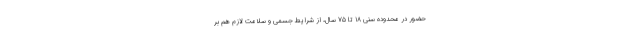
حضور در محدوده سنی ۱۸ تا ۷۵ سال، از شرایط جسمی و سلامت لازم هم بر